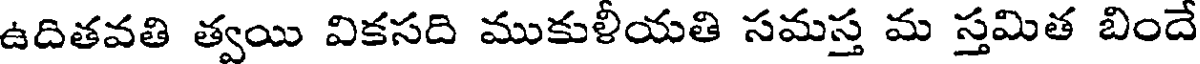
ఉదితవతి త్వయి వికసది ముకుళీయతి సమస్త మ స్తమిత బిందే